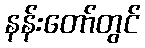
နန်းတော်တွင်